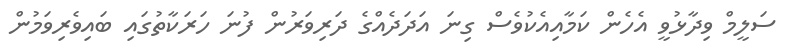
ސަލީމް ވިދާޅުވީ އެހެން ކަމާއިއެކުވެސް ގިނަ އަދަދެއްގެ ދަރިވަރުން ފުނަ ހަރަކާތުގައި ބައިވެރިވަމުން